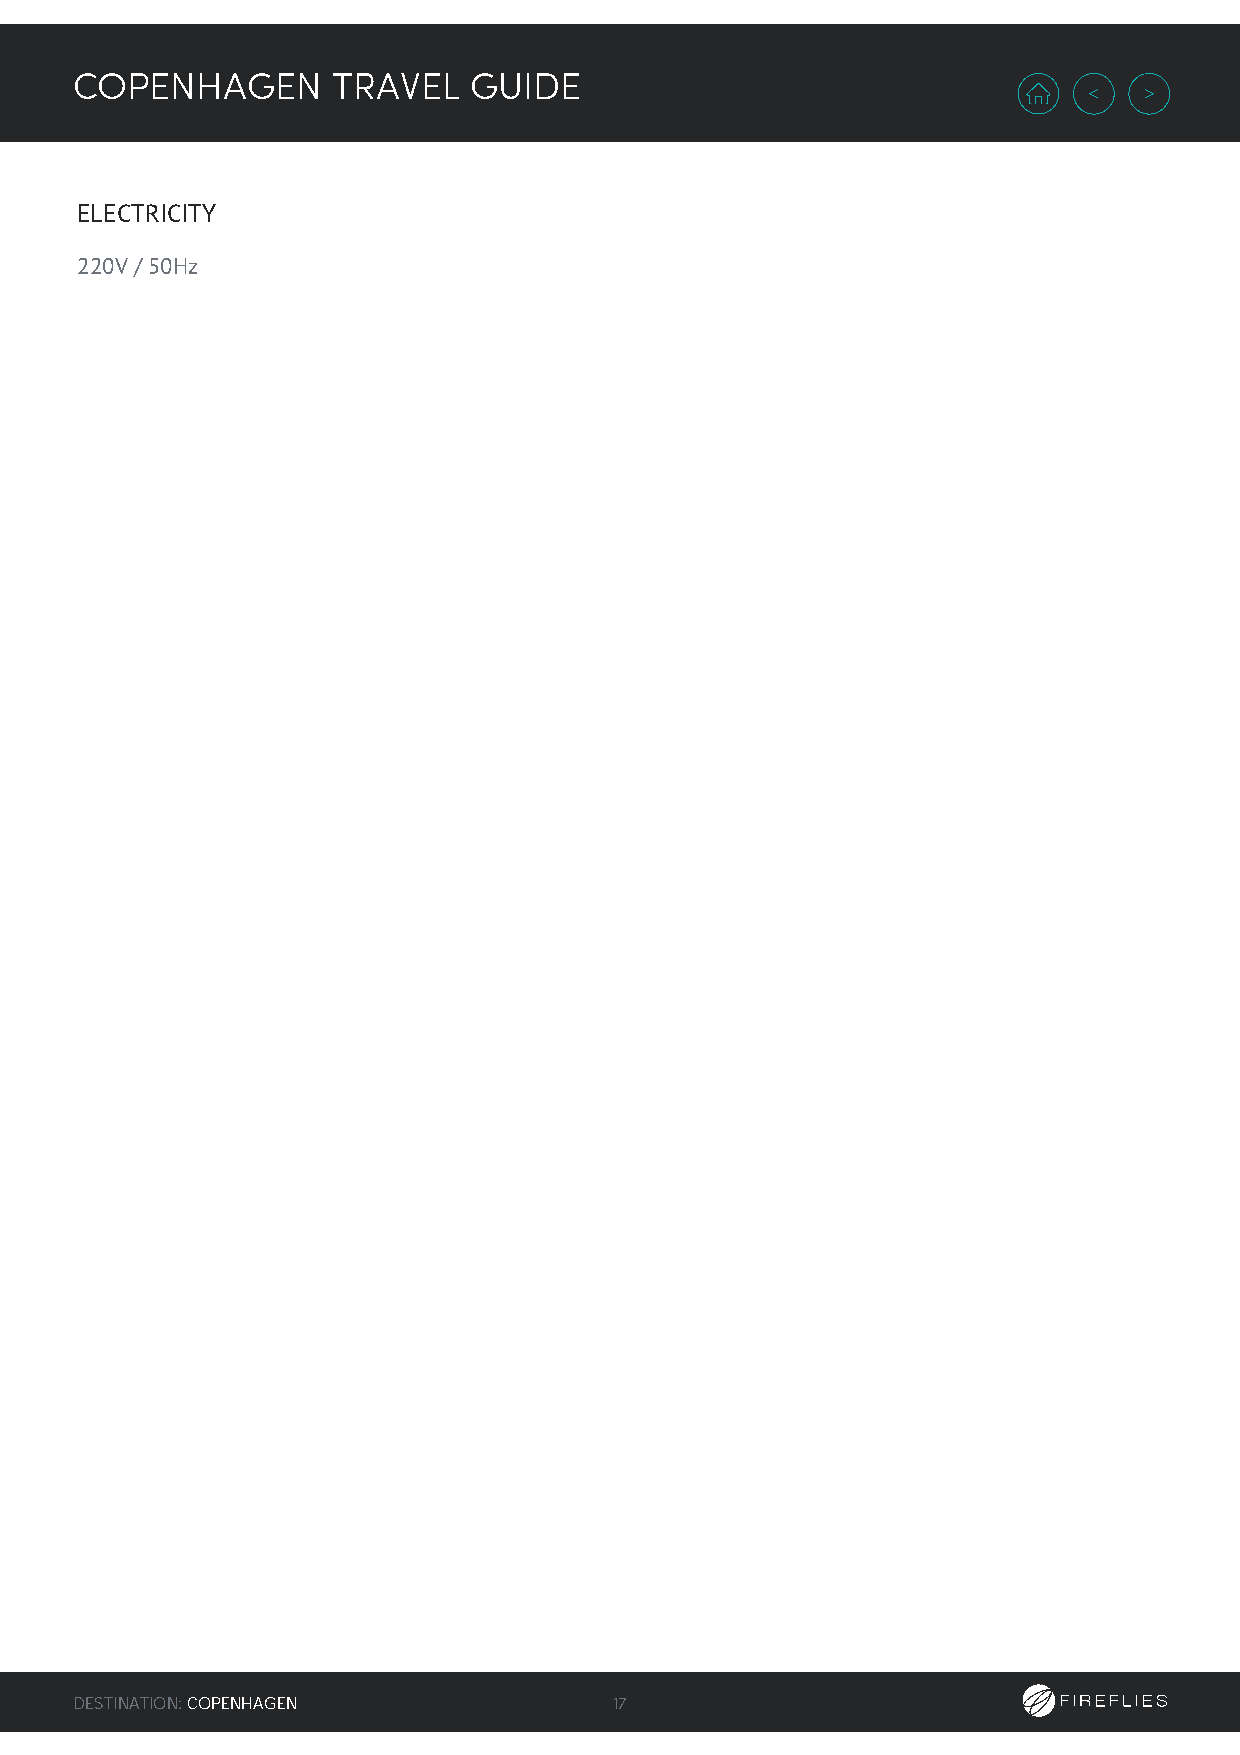
COPENHAGEN       TRAVEL   GUIDE
 ELECTRICITY
 220V / 50Hz
 DESTINATION: COPENHAGEN             17